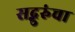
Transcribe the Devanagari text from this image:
सद्गुरुंचा